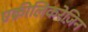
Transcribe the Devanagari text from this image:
एक्रीलिकरेज़िन